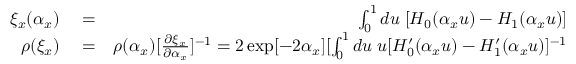
\begin{array} { r l r } { \xi _ { x } ( \alpha _ { x } ) } & { { } = } & { \int _ { 0 } ^ { 1 } d u \; [ H _ { 0 } ( \alpha _ { x } u ) - H _ { 1 } ( \alpha _ { x } u ) ] } \\ { \rho ( \xi _ { x } ) } & { { } = } & { \rho ( \alpha _ { x } ) [ \frac { \partial \xi _ { x } } { \partial \alpha _ { x } } ] ^ { - 1 } = 2 \exp [ - 2 \alpha _ { x } ] [ \int _ { 0 } ^ { 1 } d u \; u [ H _ { 0 } ^ { \prime } ( \alpha _ { x } u ) - H _ { 1 } ^ { \prime } ( \alpha _ { x } u ) ] ^ { - 1 } } \end{array}